Indian journal of veterinary science and animal husbandry - Volume 5,
Year: 1935
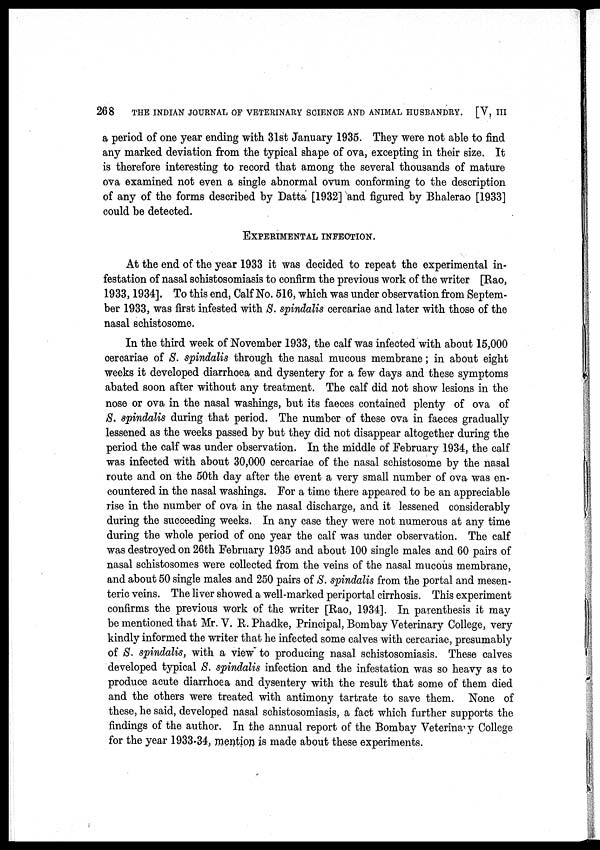
268
THE INDIAN JOURNAL OF VETERINARY SCIENCE AND ANIMAL HUSBANDRY. [V, III
a period of one year ending with 31st January 1935. They were not able to find
any marked deviation from the typical shape of ova, excepting in their size. It
is therefore interesting to record that among the several thousands of mature
ova examined not even a single abnormal ovum conforming to the description
of any of the forms described by Datta [1932] and figured by Bhalerao [1933]
could be detected.
EXPRIMENTAL INFECTION.
At the end of the year 1933 it was decided to repeat the experimental in-
festation of nasal schistosomiasis to confirm the previous work of the writer [Rao,
1933, 1934]. To this end, Calf No. 516, which was under observation from Septem-
ber 1933, was first infested with S. spindalis cercariae and later with those of the
nasal schistosome.
In the third week of November 1933, the calf was infected with about 15,000
cercariae of S. spindalis through the nasal mucous membrane; in about eight
weeks it developed diarrhoea and dysentery for a few days and these symptoms
abated soon after without any treatment. The calf did not show lesions in the
nose or ova in the nasal washings, but its faeces contained plenty of ova of
S. spindalis during that period. The number of these ova in faeces gradually
lessened as the weeks passed by but they did not disappear altogether during the
period the calf was under observation. In the middle of February 1934, the calf
was infected with about 30,000 cercariae of the nasal schistosome by the nasal
route and on the 50th day after the event a very small number of ova was en-
countered in the nasal washings. For a time there appeared to be an appreciable
rise in the number of ova in the nasal discharge, and it lessened considerably
during the succeeding weeks. In any case they were not numerous at any time
during the whole period of one year the calf was under observation. The calf
was destroyed on 26th February 1935 and about 100 single males and 60 pairs of
nasal schistosomes were collected from the veins of the nasal mucous membrane,
and about 50 single males and 250 pairs of S. spindalis from the portal and mesen-
teric veins. The liver showed a well-marked periportal cirrhosis. This experiment
confirms the previous work of the writer [Rao, 1934]. In parenthesis it may
be mentioned that Mr. V. R. Phadke, Principal, Bombay Veterinary College, very
kindly informed the writer that he infected some calves with cercariae, presumably
of S. spindalis, with a view to producing nasal schistosomiasis. These calves
developed typical S. spindalis infection and the infestation was so heavy as to
produce acute diarrhoea and dysentery with the result that some of them died
and the others were treated with antimony tartrate to save them. None of
these, he said, developed nasal schistosomiasis, a fact which further supports the
findings of the author. In the annual report of the Bombay Veterinary College
for the year 1933-34, mention is made about these experiments.